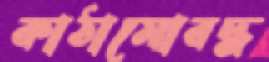
কাঠামোবদ্ধ